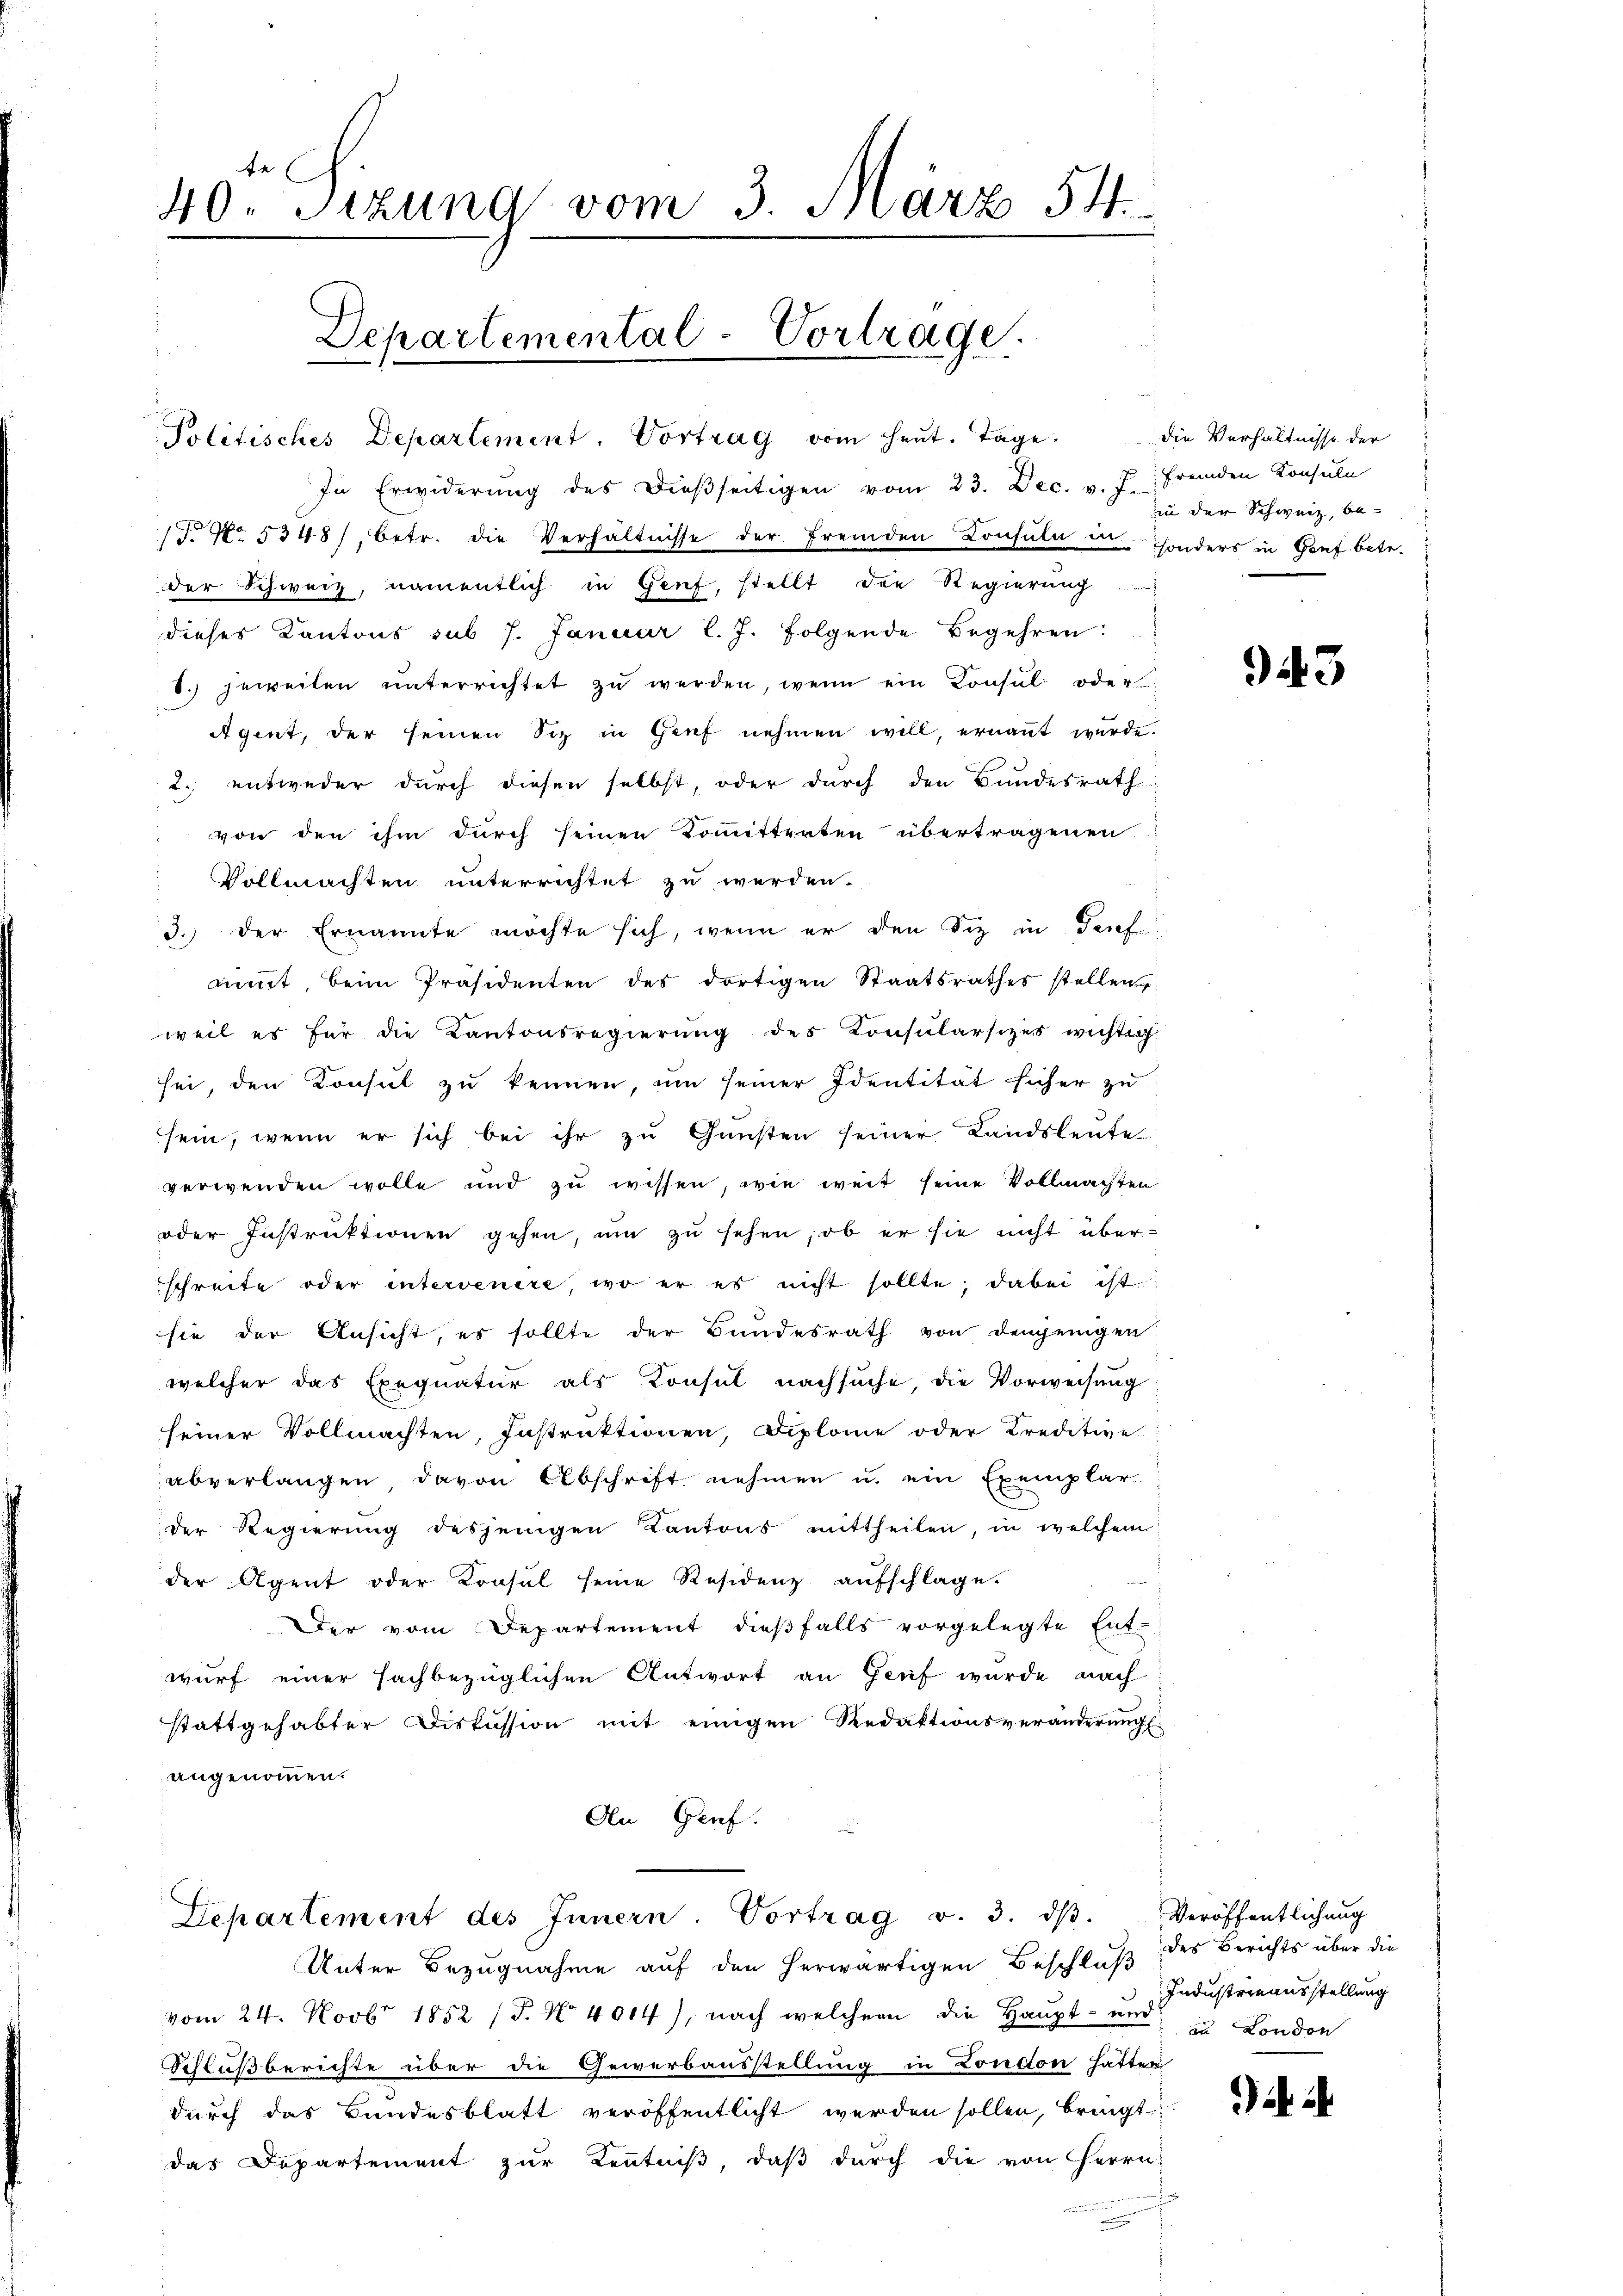
40 Sizung vom 3. März 54.

Departemental-Vortrage.
Politisches Departement. Vortrag vom heut. Tage

der Schweiz, namentlich in Genf, stellt der Regierung
dieses Kantons sub 7. Januar l. J. Folgende Begehren:
8.) jeweiten unterrichtet zŭ werden, wenn ein Konsŭl oder
Agent, der seinen Siz in Genf nehmen will, ernannt wurde.
2. entweder durch diesen selbst, oder durch den Bundesrath
von den ihm durch seinen Kommitterten übertragenen
Vollmachten unterrichtet zu werden.
3.) Der Ernannte möchte sich, wenn er den Siz in Teuf
nimmt, beim Präsidenten des dortigen Staatsrathes stellen
weil es für die Kantonsregierŭng des Konsularsizes wichti
sei, den Konsul zu kennen, um seiner Identität sicher zu
sein, wenn er sich bei ihr zu Gunsten seiner Landsleute
verwenden wolle und zu wissen, wie weit seine Vollmachten
oder Instruktionen gehen, um zu sehen, ob er sie nicht überschreite oder intervenire, wo er es nicht sollte; dabei ist:
sie der Ansicht, es sollte der Bundesrath von demjenigen
welcher das Exequatur als Konsul nachsuche, die Vorweisung
seiner Vollmachten, Instruktionen, Diplome oder Kreditive
abverlangen, davon Abschrift nehmen u. ein Exemplar
der Regierung desjenigen Kantons mittheilen, in welchem
der Agent oder Konsul seine Residenz aufschlage.
Der vom Departement dieβfalls vorgelegte Ent-
wurf einer sachbezüglichen Antwort an Genf wurde nach
stattgehabter Diskussion mit einigen Redaktionsveränderung
angenommen.
An Genf.

In Erwiderŭng des dieβseitigen vom 23. Dec. v. J.
T. No. 5348/, betr. die Verhältnisse der fremden Consula in sonders in Genf betr.

Lepartement des Innern. Vortrag v. 3. dβ. Veröffentlichŭng

die Verhältnisse der
fremden Konsuln
in der Schweiz, be-

Unter Bezugnahme auf den herwärtigen Beschluß
vom 24. Novbr 1852 (T. No 4014), nach welcher die Haupt- um ich London
Schlußberichte über die Gewerbausstellung in London hatter
durch das Bundesblatt veröffentlicht werden sollen, bringt:
das Departement zur Kenntniß, daß durch die von Herrn

943

des Berichts über die
Industrieausstellung

i